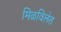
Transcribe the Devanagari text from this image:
मिळविलेत